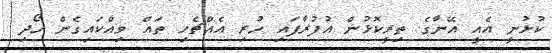
ކުޅުނީ އެއީ އޭނާގެ ތިރީކޮޅުން އުފުރާފައި ހުރި އެއްޗެހި ތައް ވިއްކައިގެން ހޯދި